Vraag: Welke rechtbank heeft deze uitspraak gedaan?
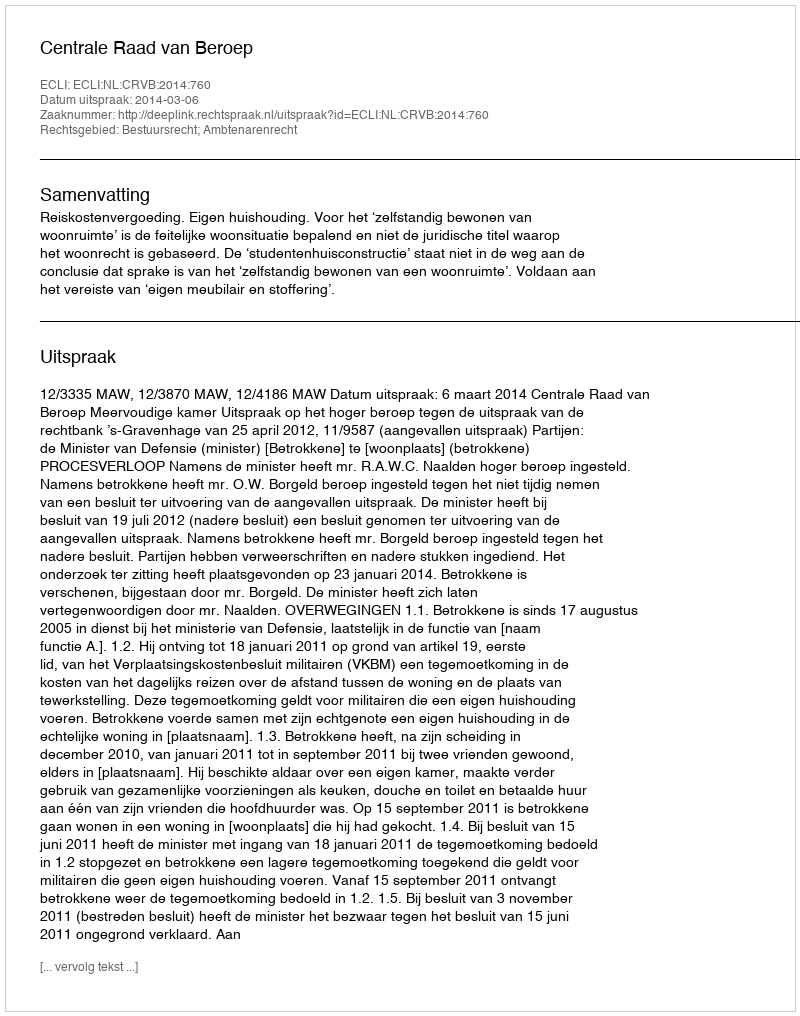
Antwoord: Centrale Raad van Beroep